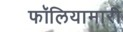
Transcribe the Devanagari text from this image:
फॉलियामारी